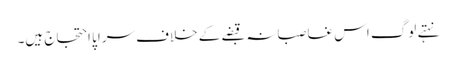
نہتے لوگ اس غاصبانہ قبضے کے خلاف سراپا احتجاج ہیں۔